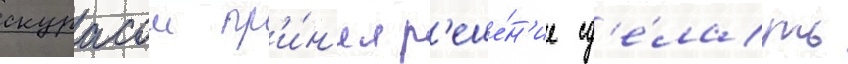
скурасом пр'и́н'ял р'еше́н'ие сд'е́лать